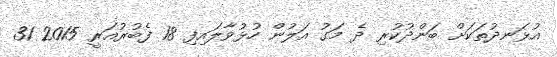
އުޅަނދުތަކަށް ބަންދުކުރި ދެ މަގު އަލުން ހުޅުވާލައިފި 18 ފެބުރުއަރީ 2015 31